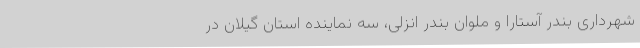
شهرداری بندر آستارا و ملوان بندر انزلی، سه نماینده استان گیلان در